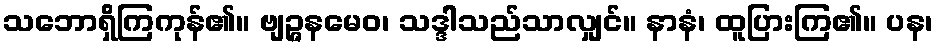
သဘောရှိကြကုန်၏။ ဗျဉ္ဇနမေဝ၊ သဒ္ဒါသည်သာလျှင်။ နာနံ၊ ထူပြားကြ၏။ ပန၊